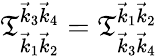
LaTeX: \mathfrak{T}_{\vec{{k}}_{1}\vec{{k}}_{2}}^{\vec{{k}}_{3}\vec{{k}}_{4}}=\mathfrak{T}_{\vec{{k}}_{3}\vec{{k}}_{4}}^{\vec{{k}}_{1}\vec{{k}}_{2}}